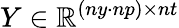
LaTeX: Y\in\mathbb{R}^{(ny\cdot np)\times nt}